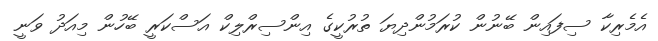
އެމެރިކާ ސިފައިން ބޭނުން ކުރަމުންދިޔަ ތުރުކީގެ އިންސިރްލިކް އަސްކަރީ ބޭހުން މިއަދު ވަނީ